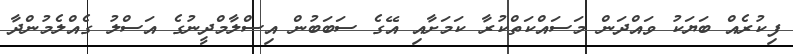
ފިކުރެއް ބަޔަކު ވައްދަން މަސައްކަތްކުރާ ކަމަށާއި އޭގެ ސަބަބުން އިސްލާމްދީނުގެ އަސްލު ގެއްލެމުންދާ